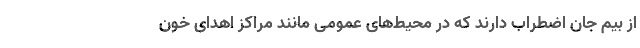
از بیم جان اضطراب دارند که در محیط‌های عمومی مانند مراکز اهدای خون